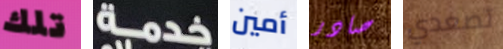
تلك خدمة أمين صادر تصعدي